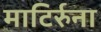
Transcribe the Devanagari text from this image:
माटिर्रुना